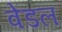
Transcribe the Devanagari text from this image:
वेंडल